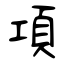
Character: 項